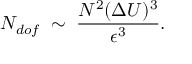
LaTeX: N _ { d o f } \; \sim \; \frac { N ^ { 2 } ( \Delta U ) ^ { 3 } } { \epsilon ^ { 3 } } .